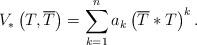
LaTeX: \begin{align*}V_{*}\left( T,\overline{T}\right) =\sum ^{n}_{k=1}a_{k}\left( \overline{T}*T\right) ^{k}.\end{align*}